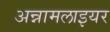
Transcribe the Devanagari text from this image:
अन्नामलाइयर